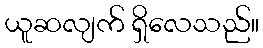
ယူဆလျက် ရှိလေသည်။